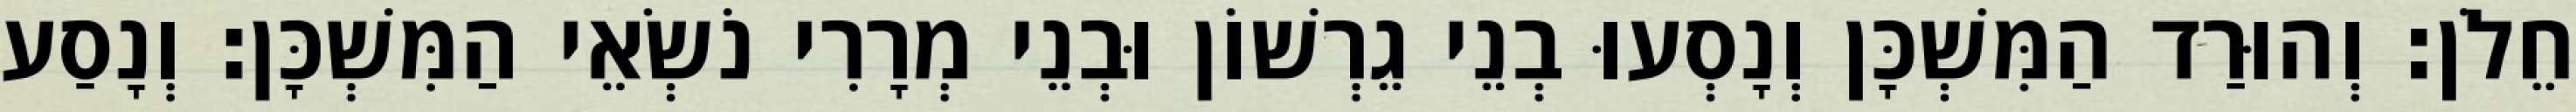
חֵלֹן׃ וְהוּרַד הַמִּשְׁכָּן וְנָסְעוּ בְנֵי גֵרְשׁוֹן וּבְנֵי מְרָרִי נֹשְׂאֵי הַמִּשְׁכָּן׃ וְנָסַע